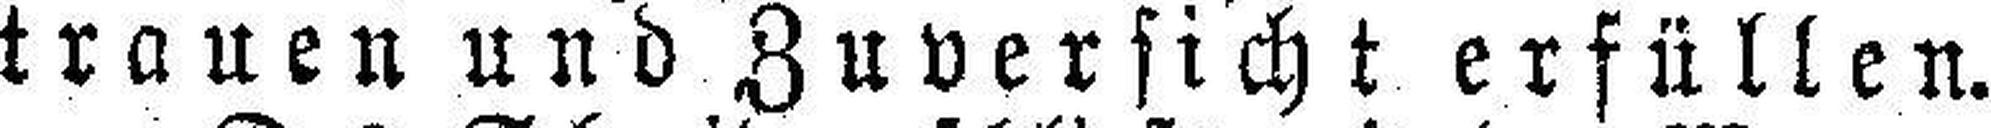
trauen und Zuversicht erfüllen.